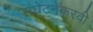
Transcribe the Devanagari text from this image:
संघेटनेकरवी